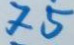
75